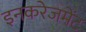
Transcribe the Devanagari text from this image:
इनकरेजमेंट